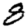
Digit: 8